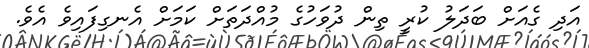
އަދި ގެއަށް ބަދަލު ކުރީ ތިން ދުވަހުގެ މުއްދަތަށް ކަމަށް އެނގިފައިވެ އެވެ.